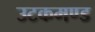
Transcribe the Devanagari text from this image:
उटकमण्ड